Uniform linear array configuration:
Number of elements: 64
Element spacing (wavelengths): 1
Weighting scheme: binomial
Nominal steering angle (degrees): -45
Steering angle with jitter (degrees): -46.055
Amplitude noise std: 0.05
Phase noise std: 0.05

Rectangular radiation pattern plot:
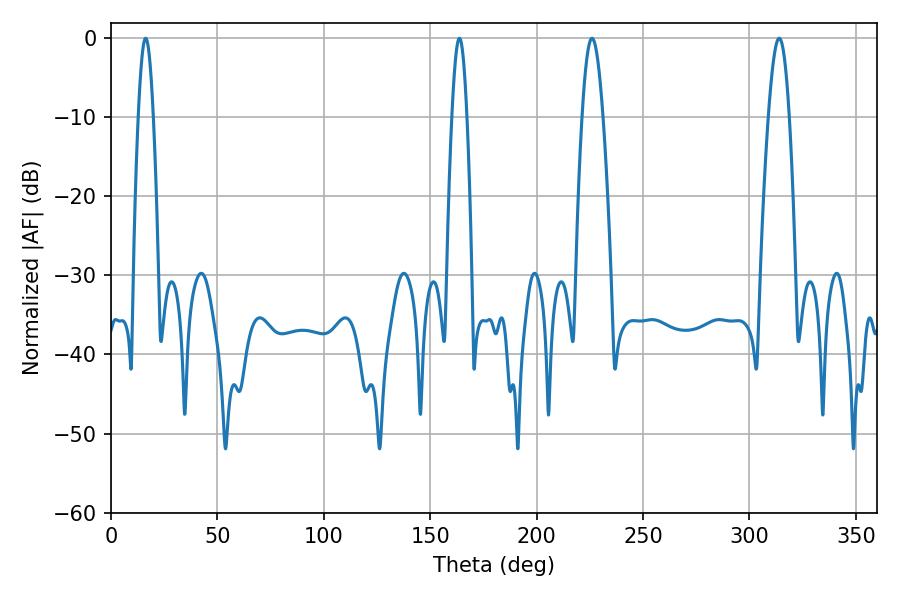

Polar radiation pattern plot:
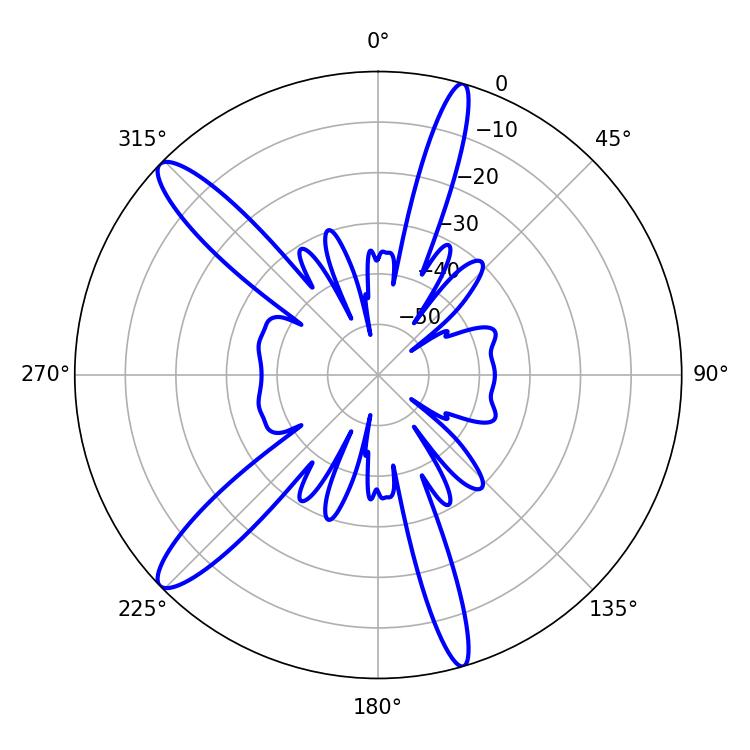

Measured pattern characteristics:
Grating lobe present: TRUE
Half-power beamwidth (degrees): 5.4
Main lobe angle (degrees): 226.08